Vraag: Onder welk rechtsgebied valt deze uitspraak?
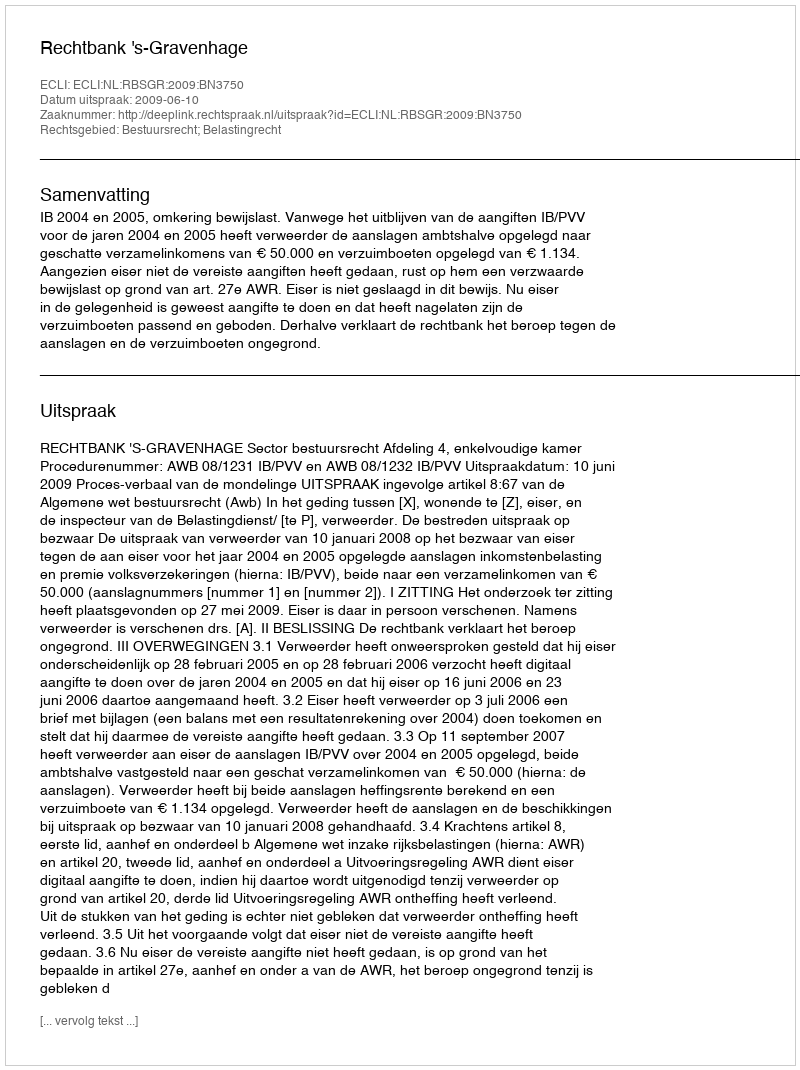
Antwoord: Bestuursrecht; Belastingrecht